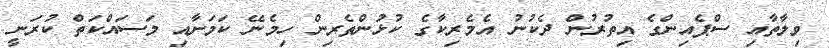
ވިލާތާއި ސްޕެއިންގެ އިތުރުން ދެކުނު އެމެރިކާގެ ކުޅުންތެރިން ހިމެނޭ ކަމަށާއި މަސައްކަތް ކުރަނީ